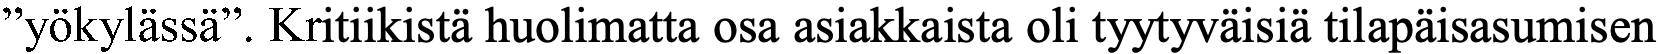
”yökylässä”. Kritiikistä huolimatta osa asiakkaista oli tyytyväisiä tilapäisasumisen